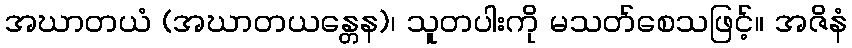
အဃာတယံ (အဃာတယန္တေန)၊ သူတပါးကို မသတ်စေသဖြင့်။ အဇိနံ